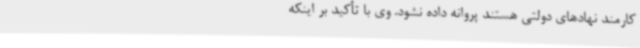
کارمند نهادهای دولتی هستند پروانه داده نشود. وی با تأکید بر اینکه